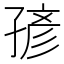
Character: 𰌭